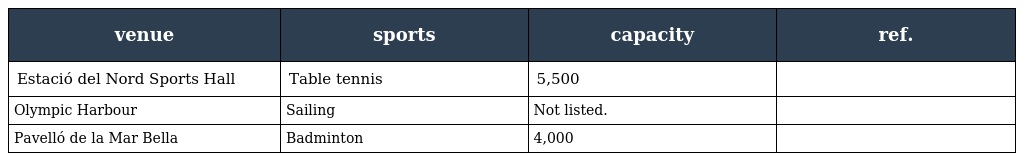
| venue | sports | capacity | ref. |
 | --- | --- | --- | --- |
 | Estació del Nord Sports Hall | Table tennis | 5,500 |  |
 | Olympic Harbour | Sailing | Not listed. |  |
 | Pavelló de la Mar Bella | Badminton | 4,000 |  |